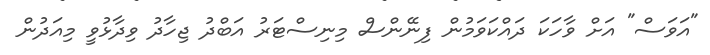
"އަވަސް" އަށް ވާހަކަ ދައްކަވަމުން ފިނޭންސް މިނިސްޓަރު އަބްދު ޖިހާދު ވިދާޅުވީ މިއަދުން